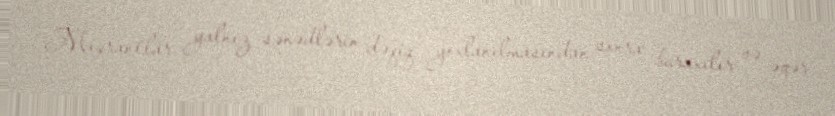
Miqrantlar yalnız sənədlərin dəqiq yoxlanılmasından sonra buraxılır və əgər